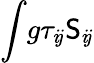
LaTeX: \int\! g\tau_{i\! j}\mathsf{S}_{i\! j}